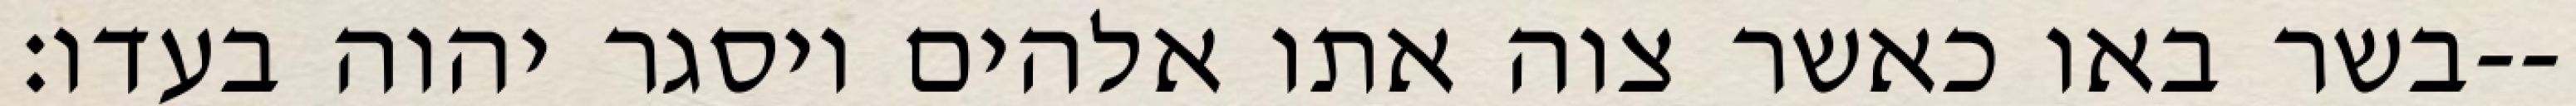
בשר באו כאשר צוה אתו אלהים ויסגר יהוה בעדו׃--